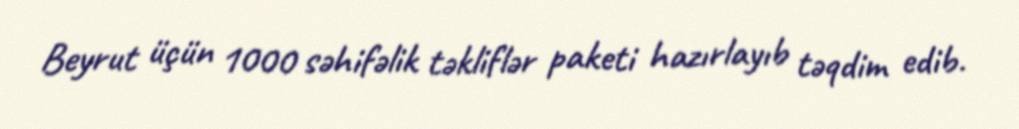
Beyrut üçün 1000 səhifəlik təkliflər paketi hazırlayıb təqdim edib.